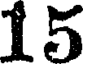
15